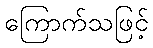
ကြောက်သဖြင့်